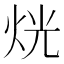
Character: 𤈛